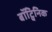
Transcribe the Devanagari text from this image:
बॉट्विनिक